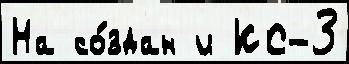
На со́здан и КС-3